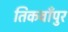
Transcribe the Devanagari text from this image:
तिकवाँपुर